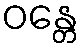
ဝန္တေ